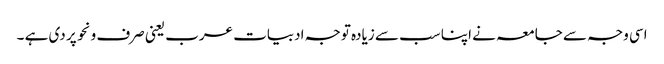
اسی وجہ سے جامعہ نے اپنا سب سے زیادہ توجہ ادبیات عرب یعنی صرف ونحو پر دی ہے ۔